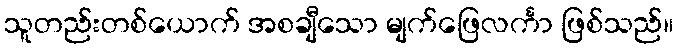
သူတည်းတစ်ယောက် အစချီသော မျက်ဖြေလင်္ကာ ဖြစ်သည်။